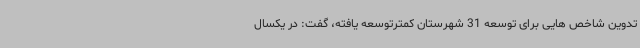
تدوین شاخص هایی برای توسعه 31 شهرستان کمترتوسعه یافته، گفت: در یکسال